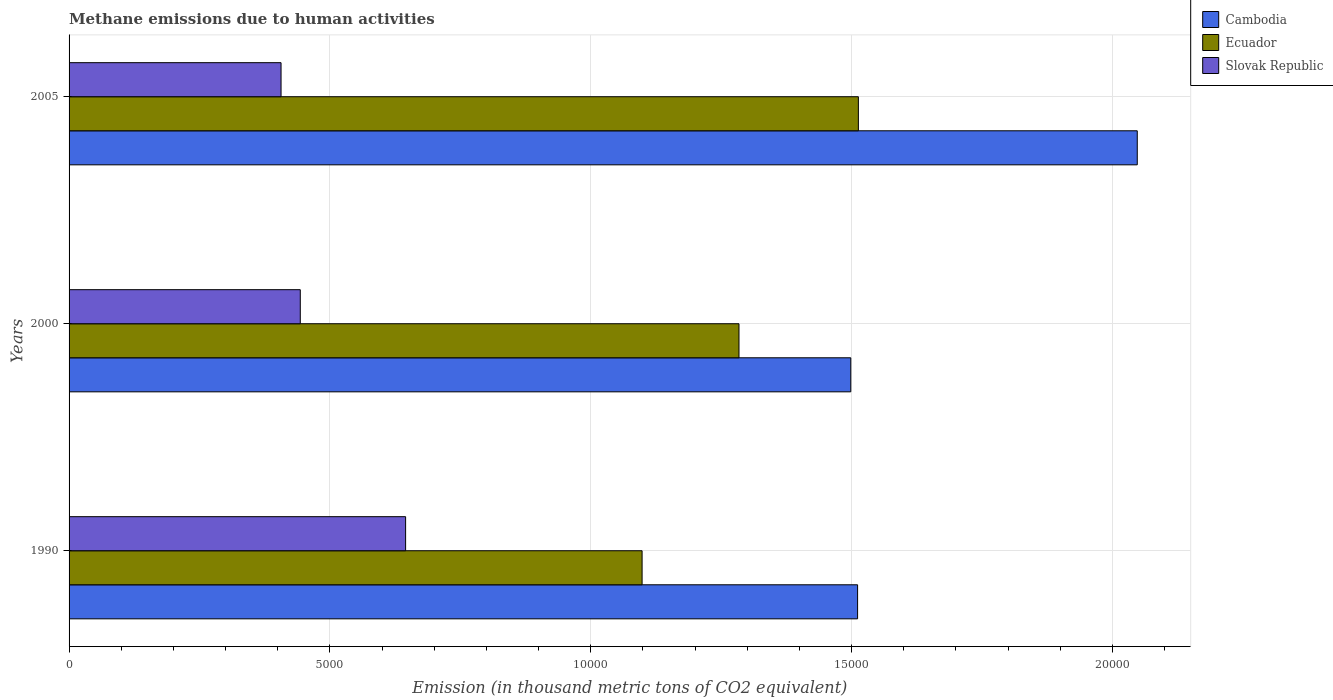
| Years | Cambodia | Ecuador | Slovak Republic |
 | --- | --- | --- | --- |
 | 1990 | 1.51e+04 | 1.1e+04 | 6.45e+03 |
 | 2000 | 1.5e+04 | 1.28e+04 | 4.43e+03 |
 | 2005 | 2.05e+04 | 1.51e+04 | 4.06e+03 |